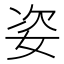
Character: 姿